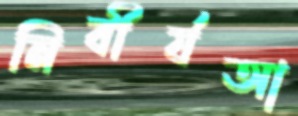
নিবীর্যআ